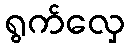
ရွက်လှေ